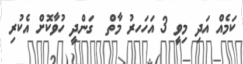
ކަމެއް އަދި މިވީ 3 އަހަހރު މާތް  ގަންދީ ހުވާކޮށް އެކުރި